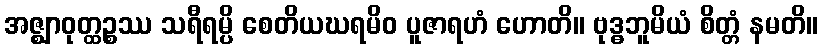
အဇ္ဈာဝုတ္ထဉ္စဿ သရီရမ္ပိ စေတိယဃရမိဝ ပူဇာရဟံ ဟောတိ။ ဗုဒ္ဓဘူမိယံ စိတ္တံ နမတိ။